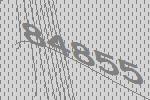
84855